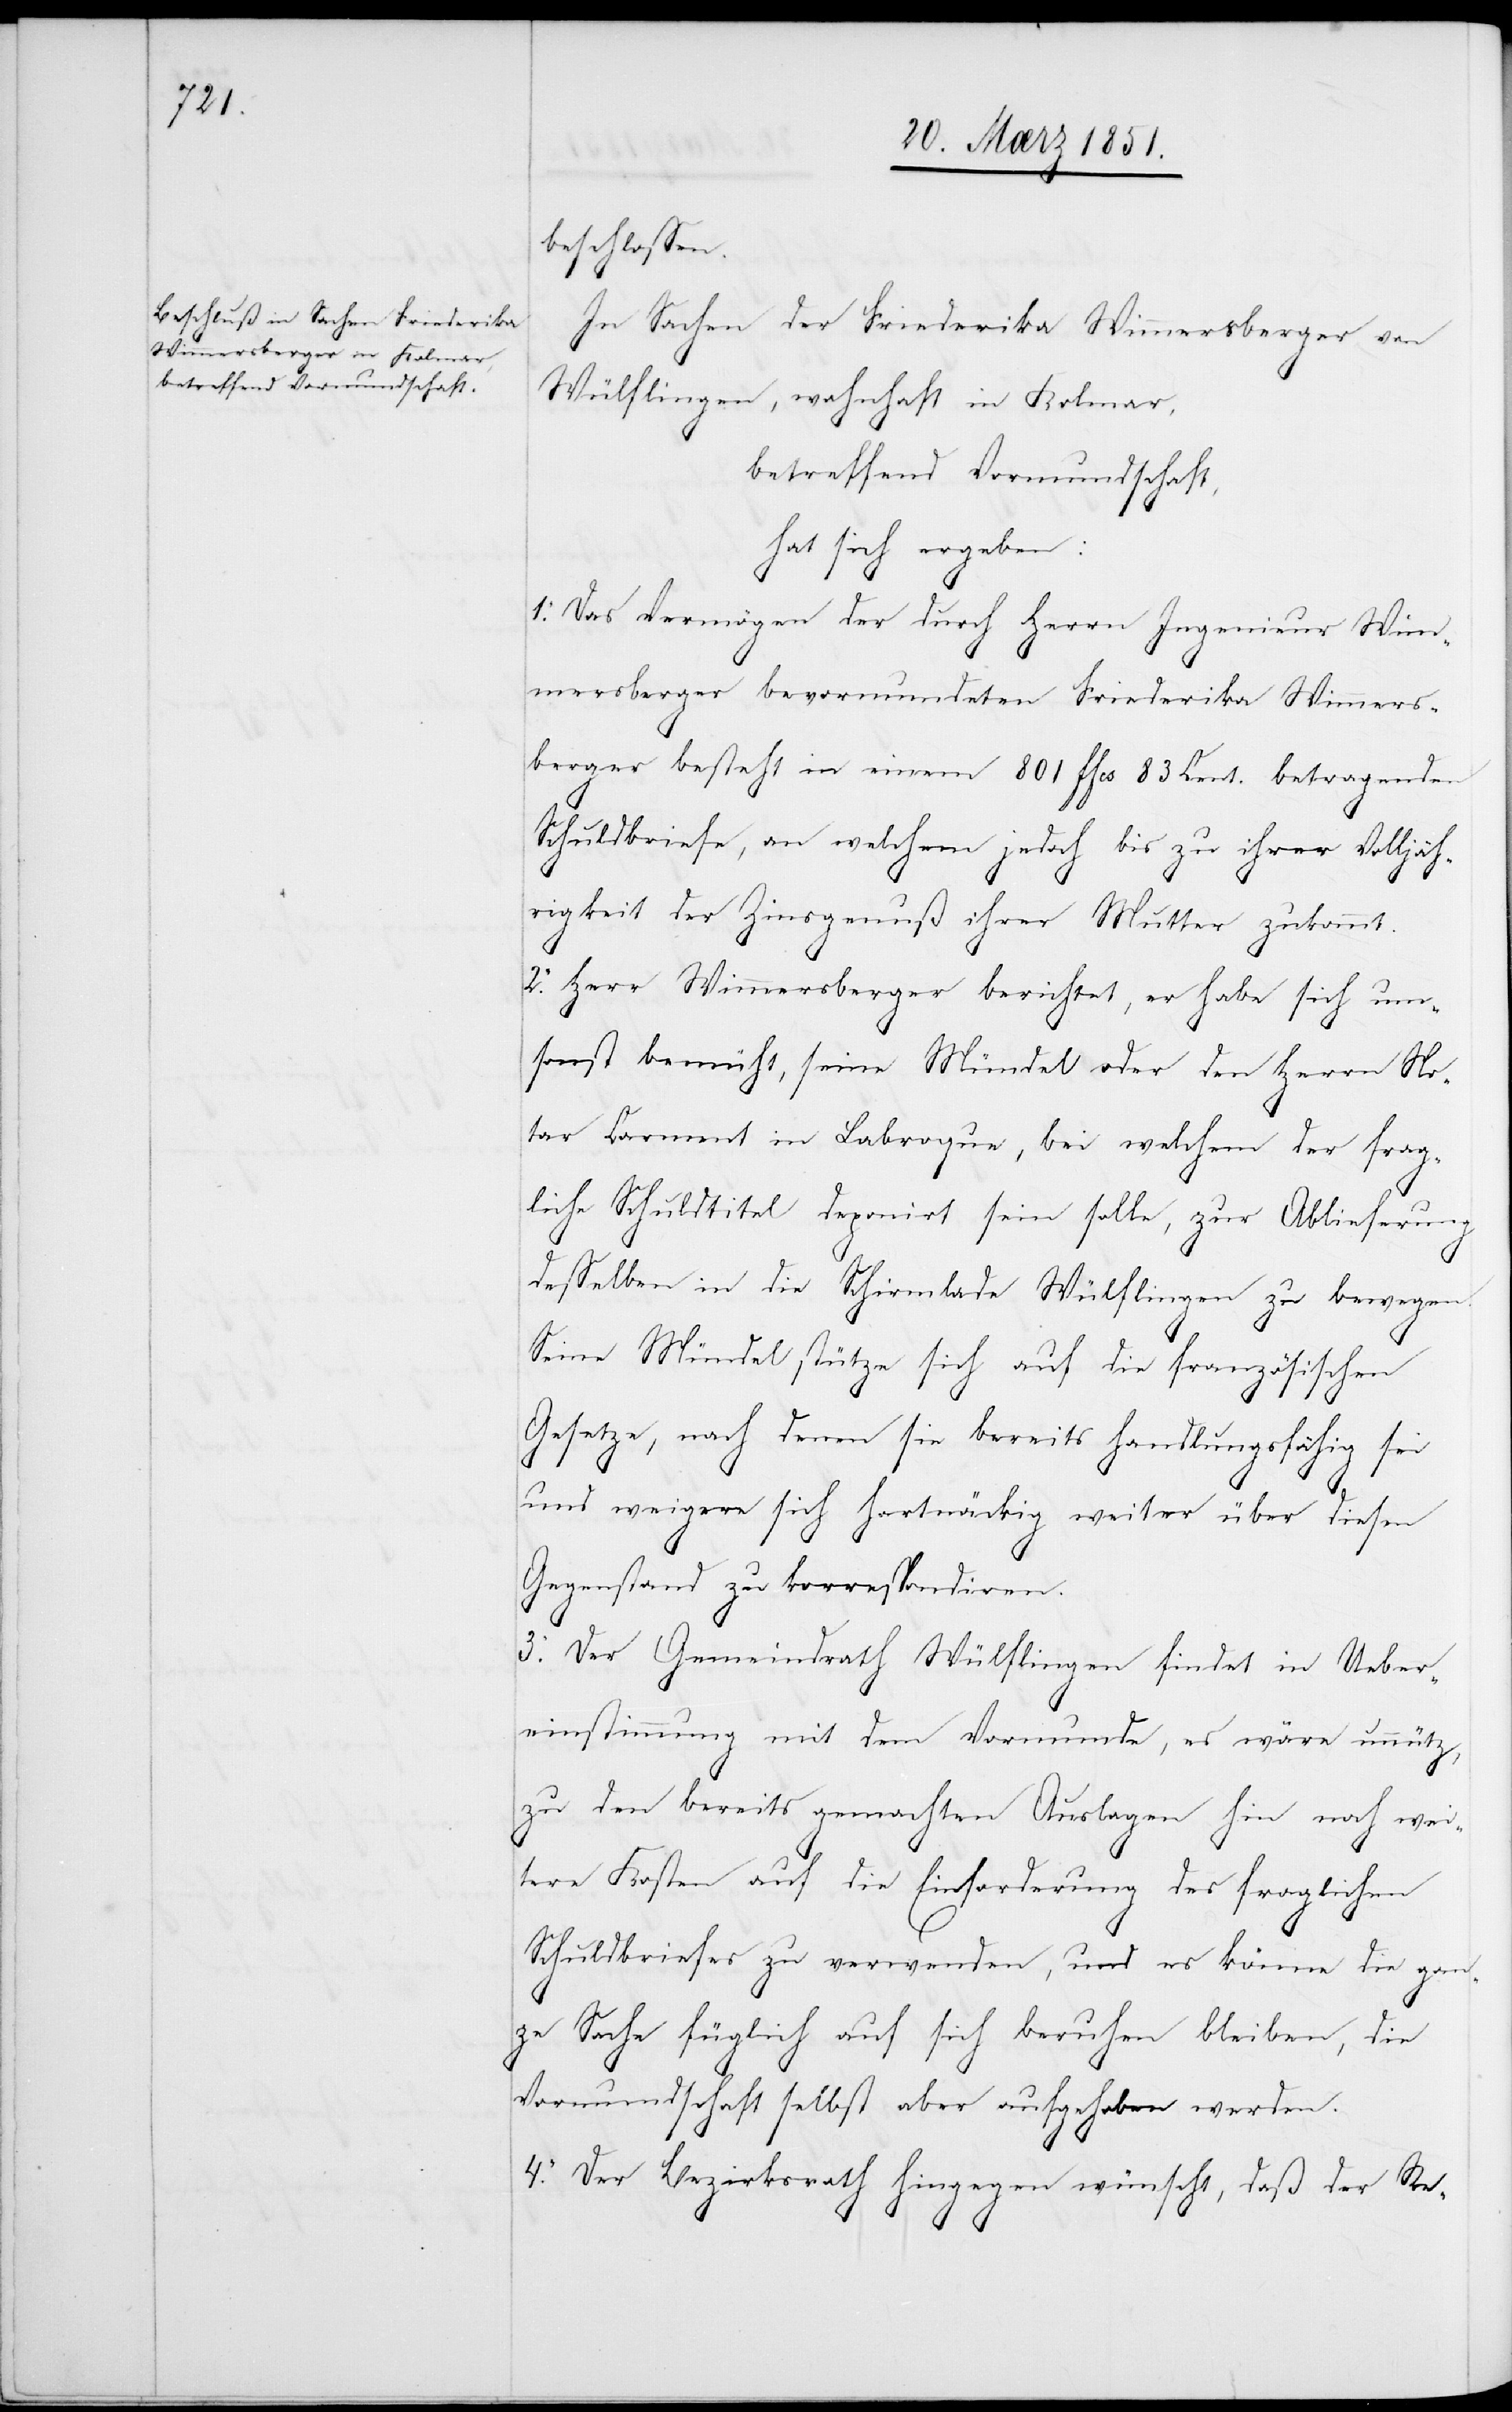
beschlossen.
In Sachen der Friederika Wimmersberger von
Wülflingen, wohnhaft in Kolmar,
betreffend Vormundschaft,
hat sich ergeben:
1. Das Vermögen der durch Herrn Ingenieur Wim¬
mersberger bevormundeten Friederika Wimmers¬
berger besteht in einem 801 ffcs 83 Cent. betragenden
Schuldbriefe, an welchem jedoch bis zu ihrer Volljäh¬
rigkeit der Zinsgenuß ihrer Mutter zukommt.
2. Herr Wimmersberger berichtet, er habe sich um¬
sonst bemüht, seine Mündel oder den Herrn No¬
tar Carment in Labroque, bei welchem der frag¬
liche Schuldtitel deponirt sein solle, zur Ablieferung
desselben in die Schirmlade Wülflingen zu bewegen.
Seine Mündel stütze sich auf die französischen
Gesetze, nach denen sie bereits handlungsfähig sei
und weigere sich hartnäckig weiter über diesen
Gegenstand zu korrespondiren.
3. Der Gemeindrath Wülflingen findet in Ueber¬
einstimmung mit dem Vormunde, es wäre unnütz,
zu den bereits gemachten Auslagen hin noch wei¬
tere Kosten auf die Einforderung des fraglichen
Schuldbriefes zu verwenden, und es könne die gan¬
ze Sache füglich auf sich beruhen bleiben, die
Vormundschaft selbst aber aufgehoben werden.
4. Der Bezirksrath hingegen wünscht, daß der Re-